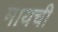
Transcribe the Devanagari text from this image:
मायची